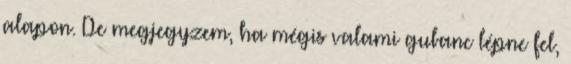
alapon. De megjegyzem, ha mégis valami gubanc lépne fel,